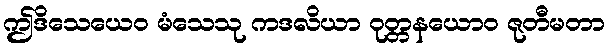
ဤဒိသေယေဝ မံသေသု ကဒလိယာ ဝုတ္တနယောဝ ဇုတီမတာ